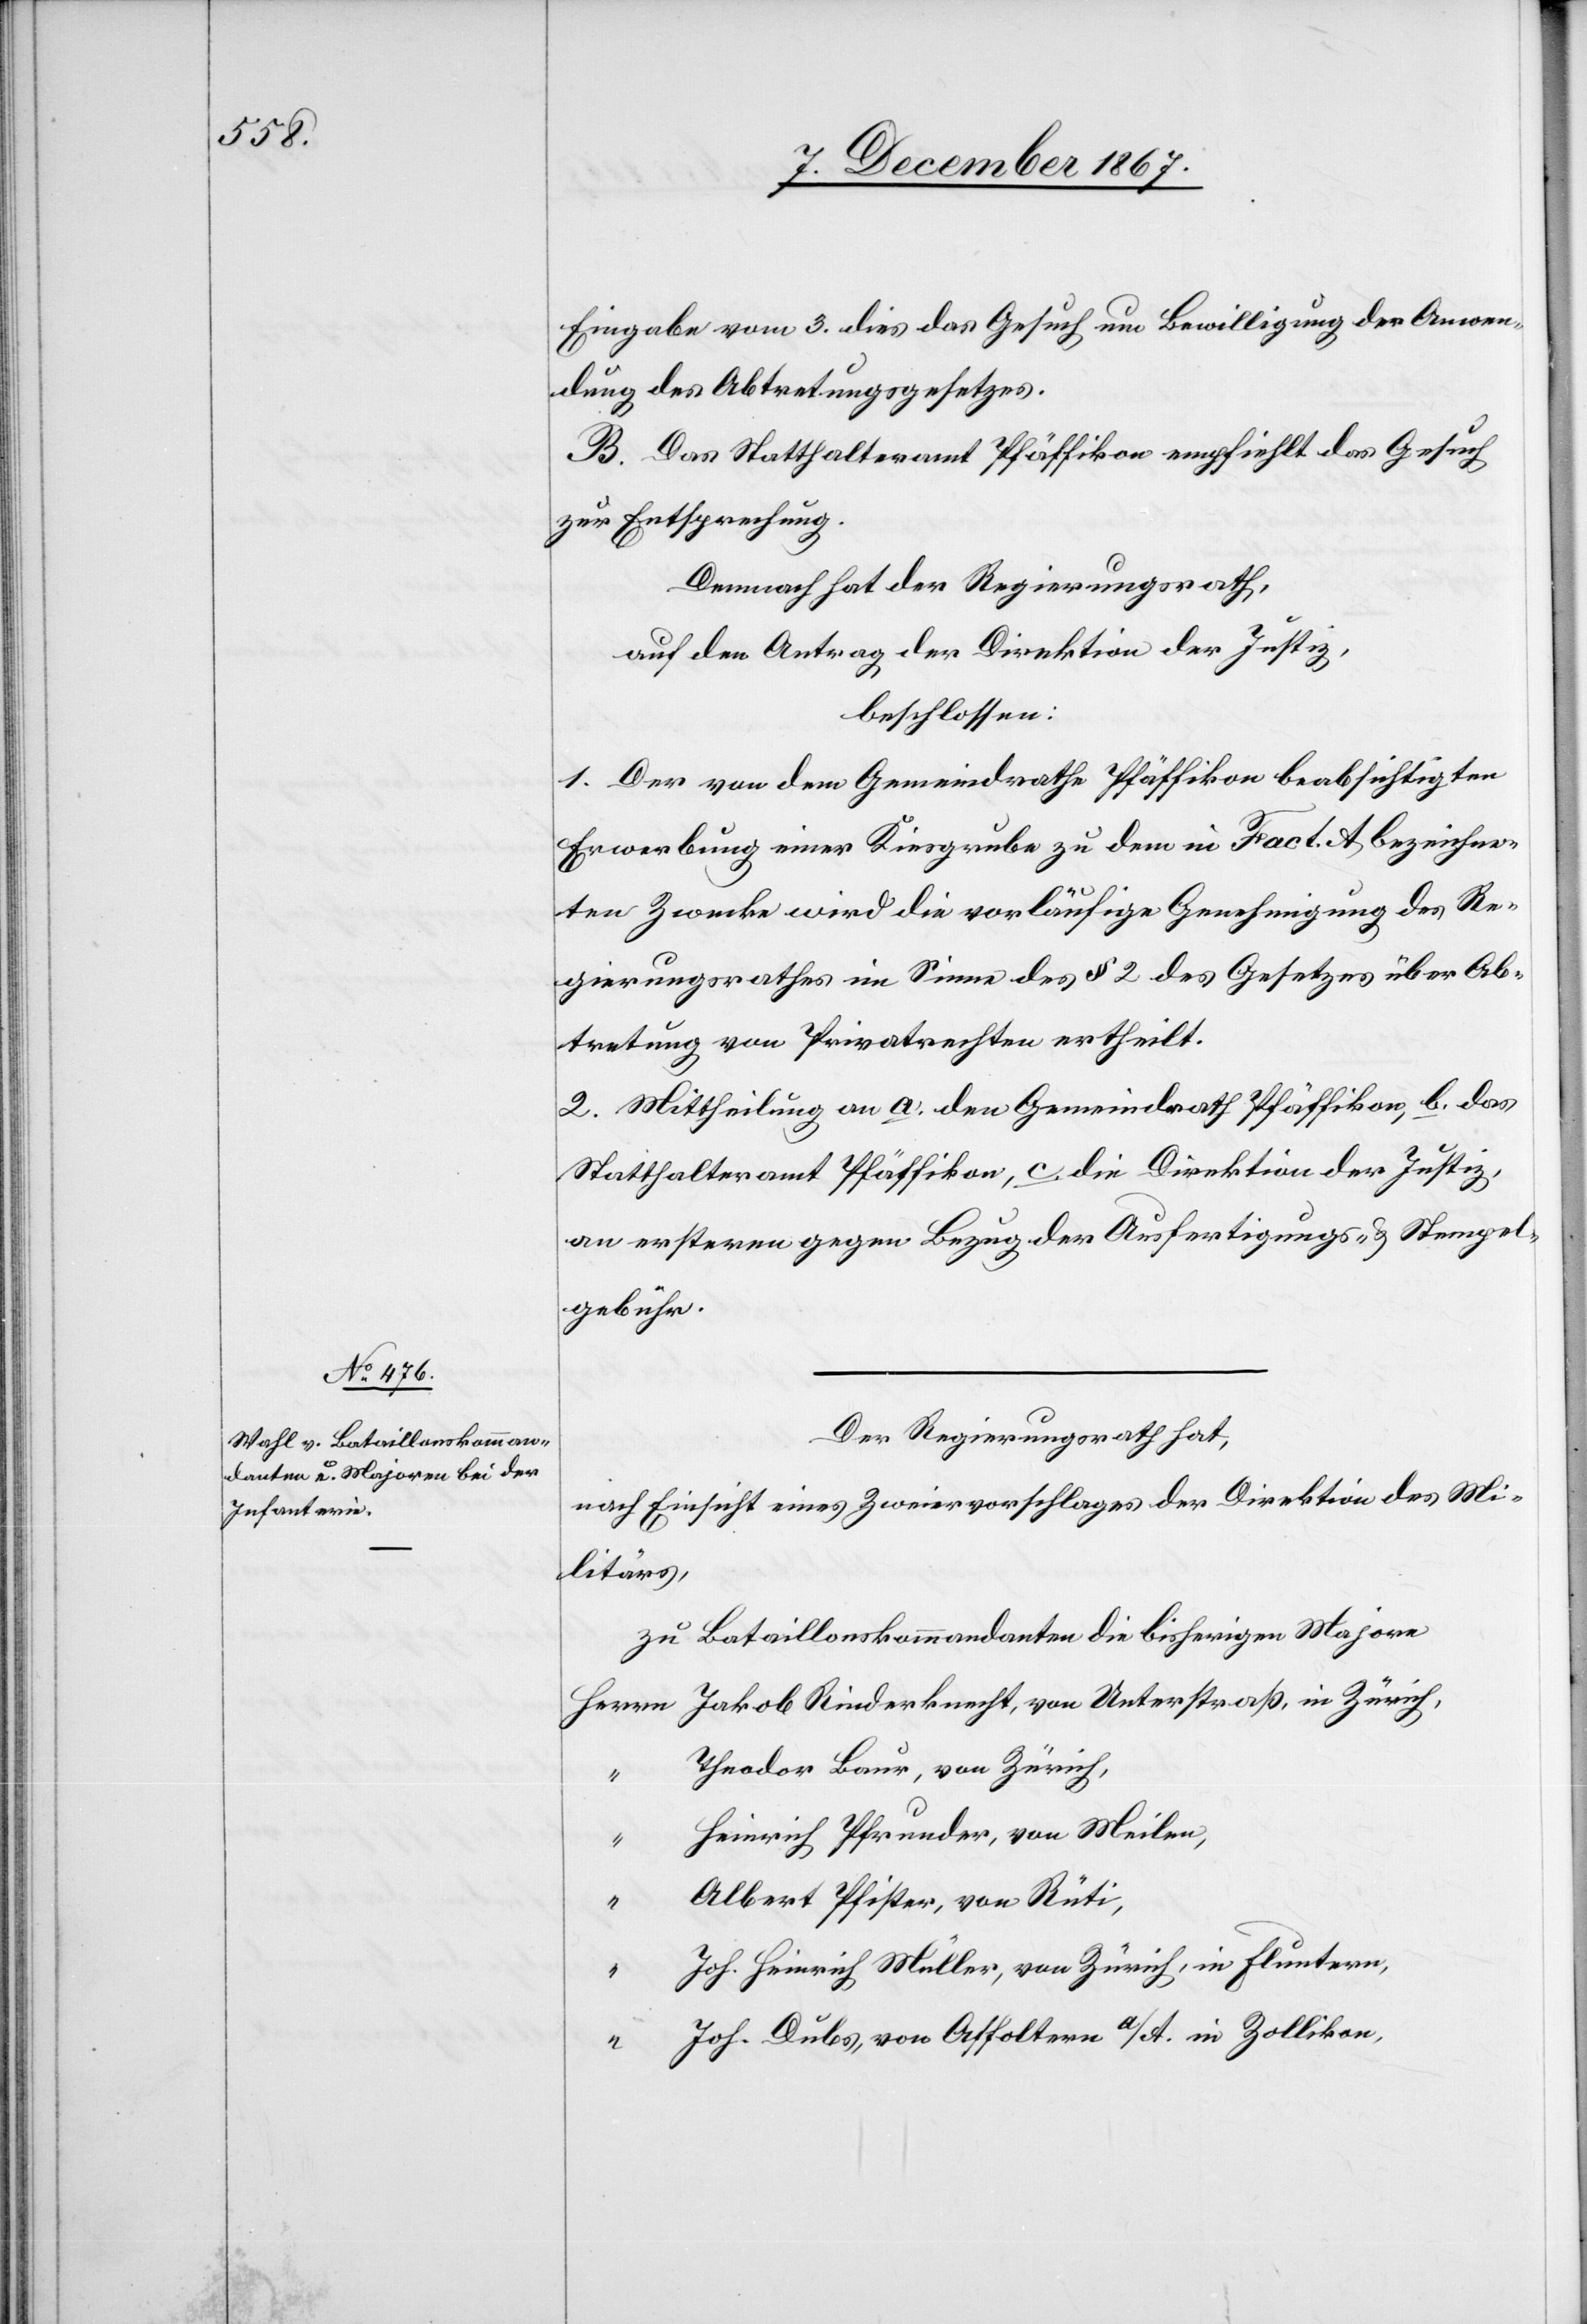
Eingabe vom 3. dies das Gesuch um Bewilligung der Anwen¬
dung des Abtretungsgesetzes.
B. Das Statthalteramt Pfäffikon empfiehlt das Gesuch
zur Entsprechung.
Demnach hat der Regierungsrath,
auf den Antrag der Direktion der Justiz,
beschlossen:
1. Der von dem Gemeindrathe Pfäffikon beabsichtigten
Erwerbung einer Kiesgrube zu dem in Fact. A bezeichne¬
ten Zwecke wird die vorläufige Genehmigung des Re¬
gierungsrathes im Sinne des § 2 des Gesetzes über Ab¬
tretung von Privatrechten ertheilt.
2. Mittheilung an a. den Gemeindrath Pffäfikon, b. das
Statthalteramt Pfäffikon, c. die Direktion der Justiz,
an ersteren gegen Bezug der Ausfertigungs- u. Stempel¬
gebühr.
Der Regierungsrath hat,
nach Einsicht eines Zweiervorschlages der Direktion des Mi¬
litärs,
zu Bataillonskommandanten die bisherigen Majore
Theodor Baur, von Zürich,
Heinrich Pfrunden, von Meilen,
Albert Pfister, von Rüti,
“
Joh. Heinrich Müller, von Zürich, in Fluntern,
“
Joh. Dubs, von Affoltern a/A. in Zollikon